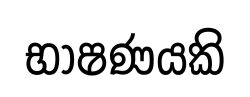
භාෂණයකි